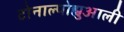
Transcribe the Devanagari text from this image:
टोनाल्पोह्युआली